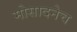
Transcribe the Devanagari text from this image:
मोसादनेच